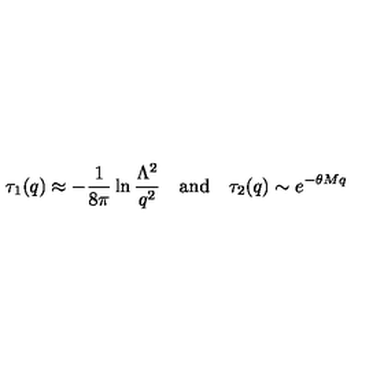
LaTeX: \tau _ { 1 } ( q ) \approx - \frac { 1 } { 8 \pi } \ln \frac { \Lambda ^ { 2 } } { q ^ { 2 } } \quad \mathrm { a n d } \quad \tau _ { 2 } ( q ) \sim e ^ { - \theta M q }